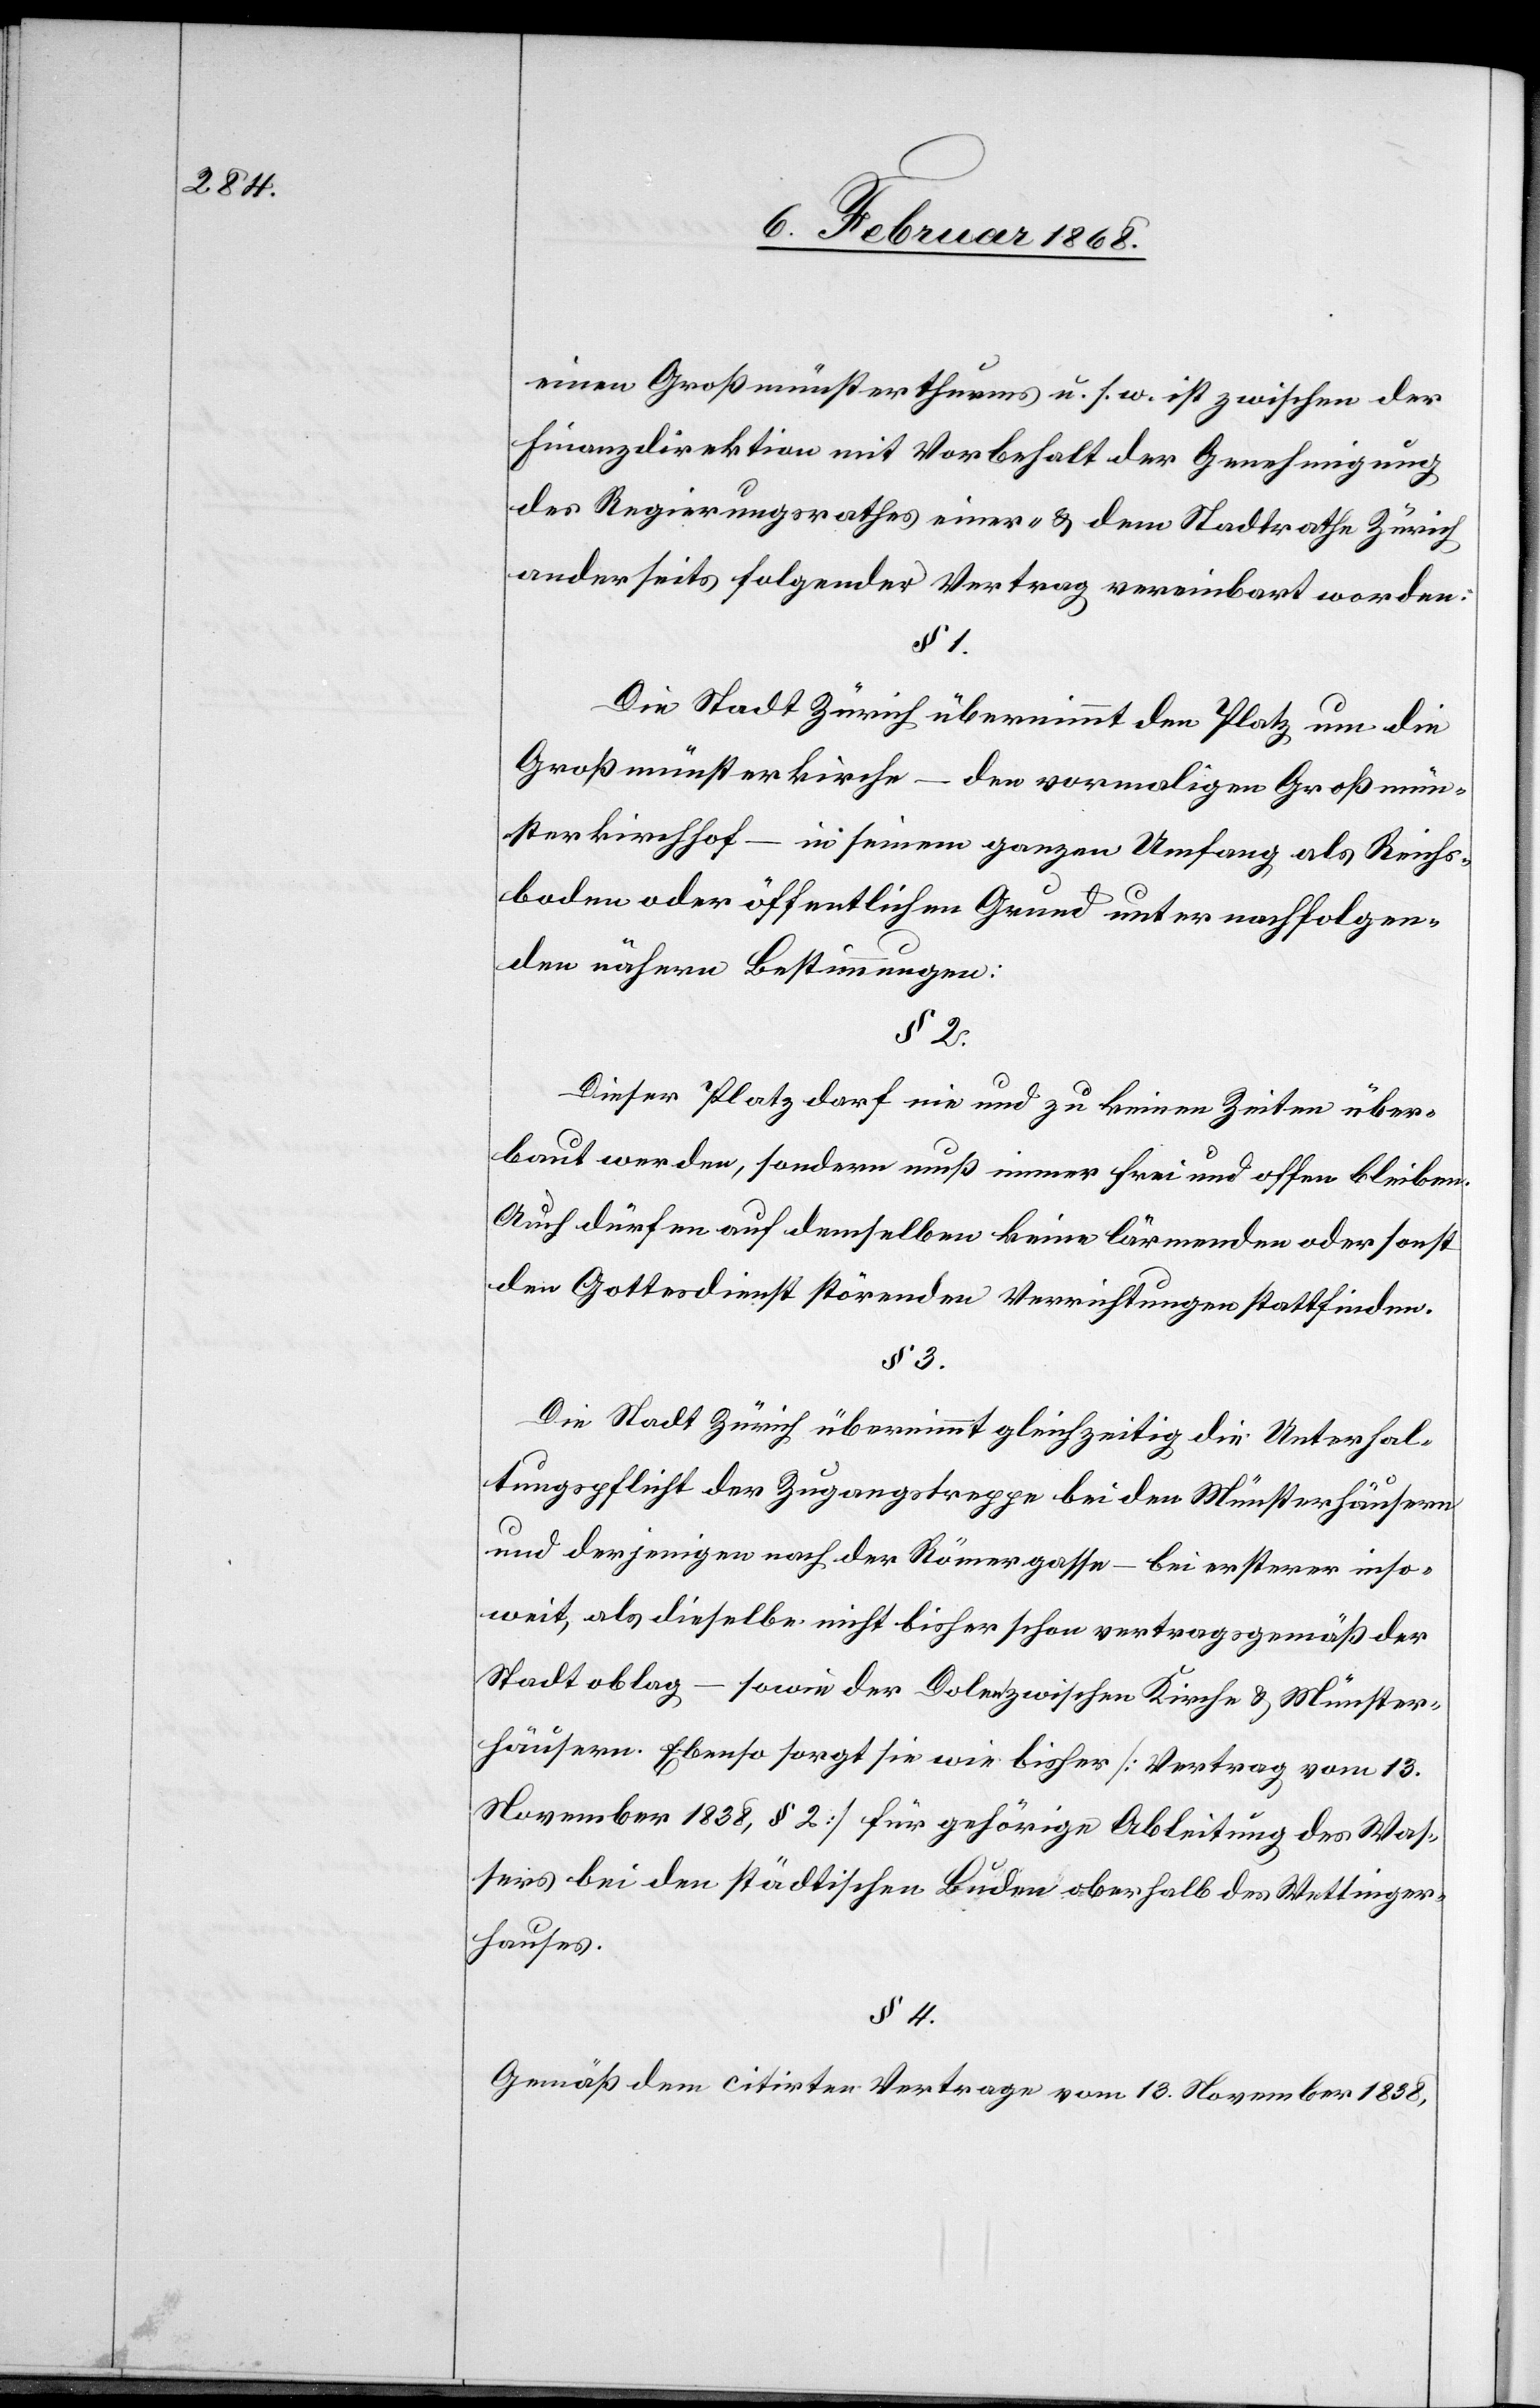
einen Großmünsterthurms u. s. w. ist zwischen der
Finanzdirektion mit Vorbehalt der Genehmigung
des Regierungsrathes einer- & dem Stadtrathe Zürich
anderseits folgender Vertrag vereinbart worden:
§ 1.
Die Stadt Zürich übernimmt den Platz um die
Großmünsterkirche – den vormaligen Großmün¬
sterkirchhof – in seinem ganzen Umfang als Reichs¬
boden oder öffentlichen Grund unter nachfolgen¬
den nähern Bestimmungen:
Dieser Platz darf nie und zu keinen Zeiten über¬
baut werden, sondern muß immer frei und offen bleiben.
Auch dürfen auf demselben keine lärmenden oder sonst
den Gottesdienst störenden Verrichtungen stattfinden.
Die Stadt Zürich übernimmt gleichzeitig die Unterhal¬
tungspflicht der Zugangstreppe bei den Münsterhäusern
und derjenigen nach der Römergasse – bei ersterer inso¬
weit, als dieselbe nicht bisher schon vertragsgemäß der
Stadt oblag – sowie der Dolen zwischen Kirche & Münster¬
häusern. Ebenso sorgt sie wie bisher [Vertrag vom 13.
November 1838, § 2] für gehörige Ableitung des Was¬
sers bei den städtischen Buden oberhalb des Wettinger¬
hauses.
§ 4.
Gemäß dem citirten Vertrage vom 13. November 1838,